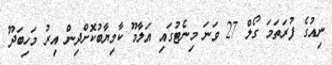
ނިއުގެ ފުރަތަމަ ގޯލް 27 ވަނަ މިނެޓުގައި އަލާމޫ ކާމިޔާބުކޮށްދިން އިރު މަހިބަދޫ